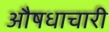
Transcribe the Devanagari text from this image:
औषधाचारी